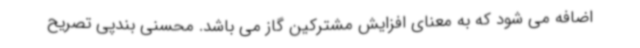
اضافه می شود که به معنای افزایش مشترکین گاز می باشد. محسنی بندپی تصریح